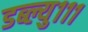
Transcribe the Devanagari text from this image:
डब्ल्यु१११